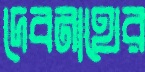
দেবনাথের